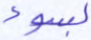
بسوء